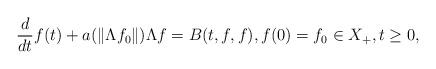
LaTeX: \begin{align*}\frac d{dt}f(t)+a(\left\| \Lambda f_0\right\| )\Lambda f=B(t,f,f), f(0)=f_0\in X_{+}, t\geq 0, \end{align*}